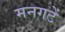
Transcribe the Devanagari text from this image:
मनगटें